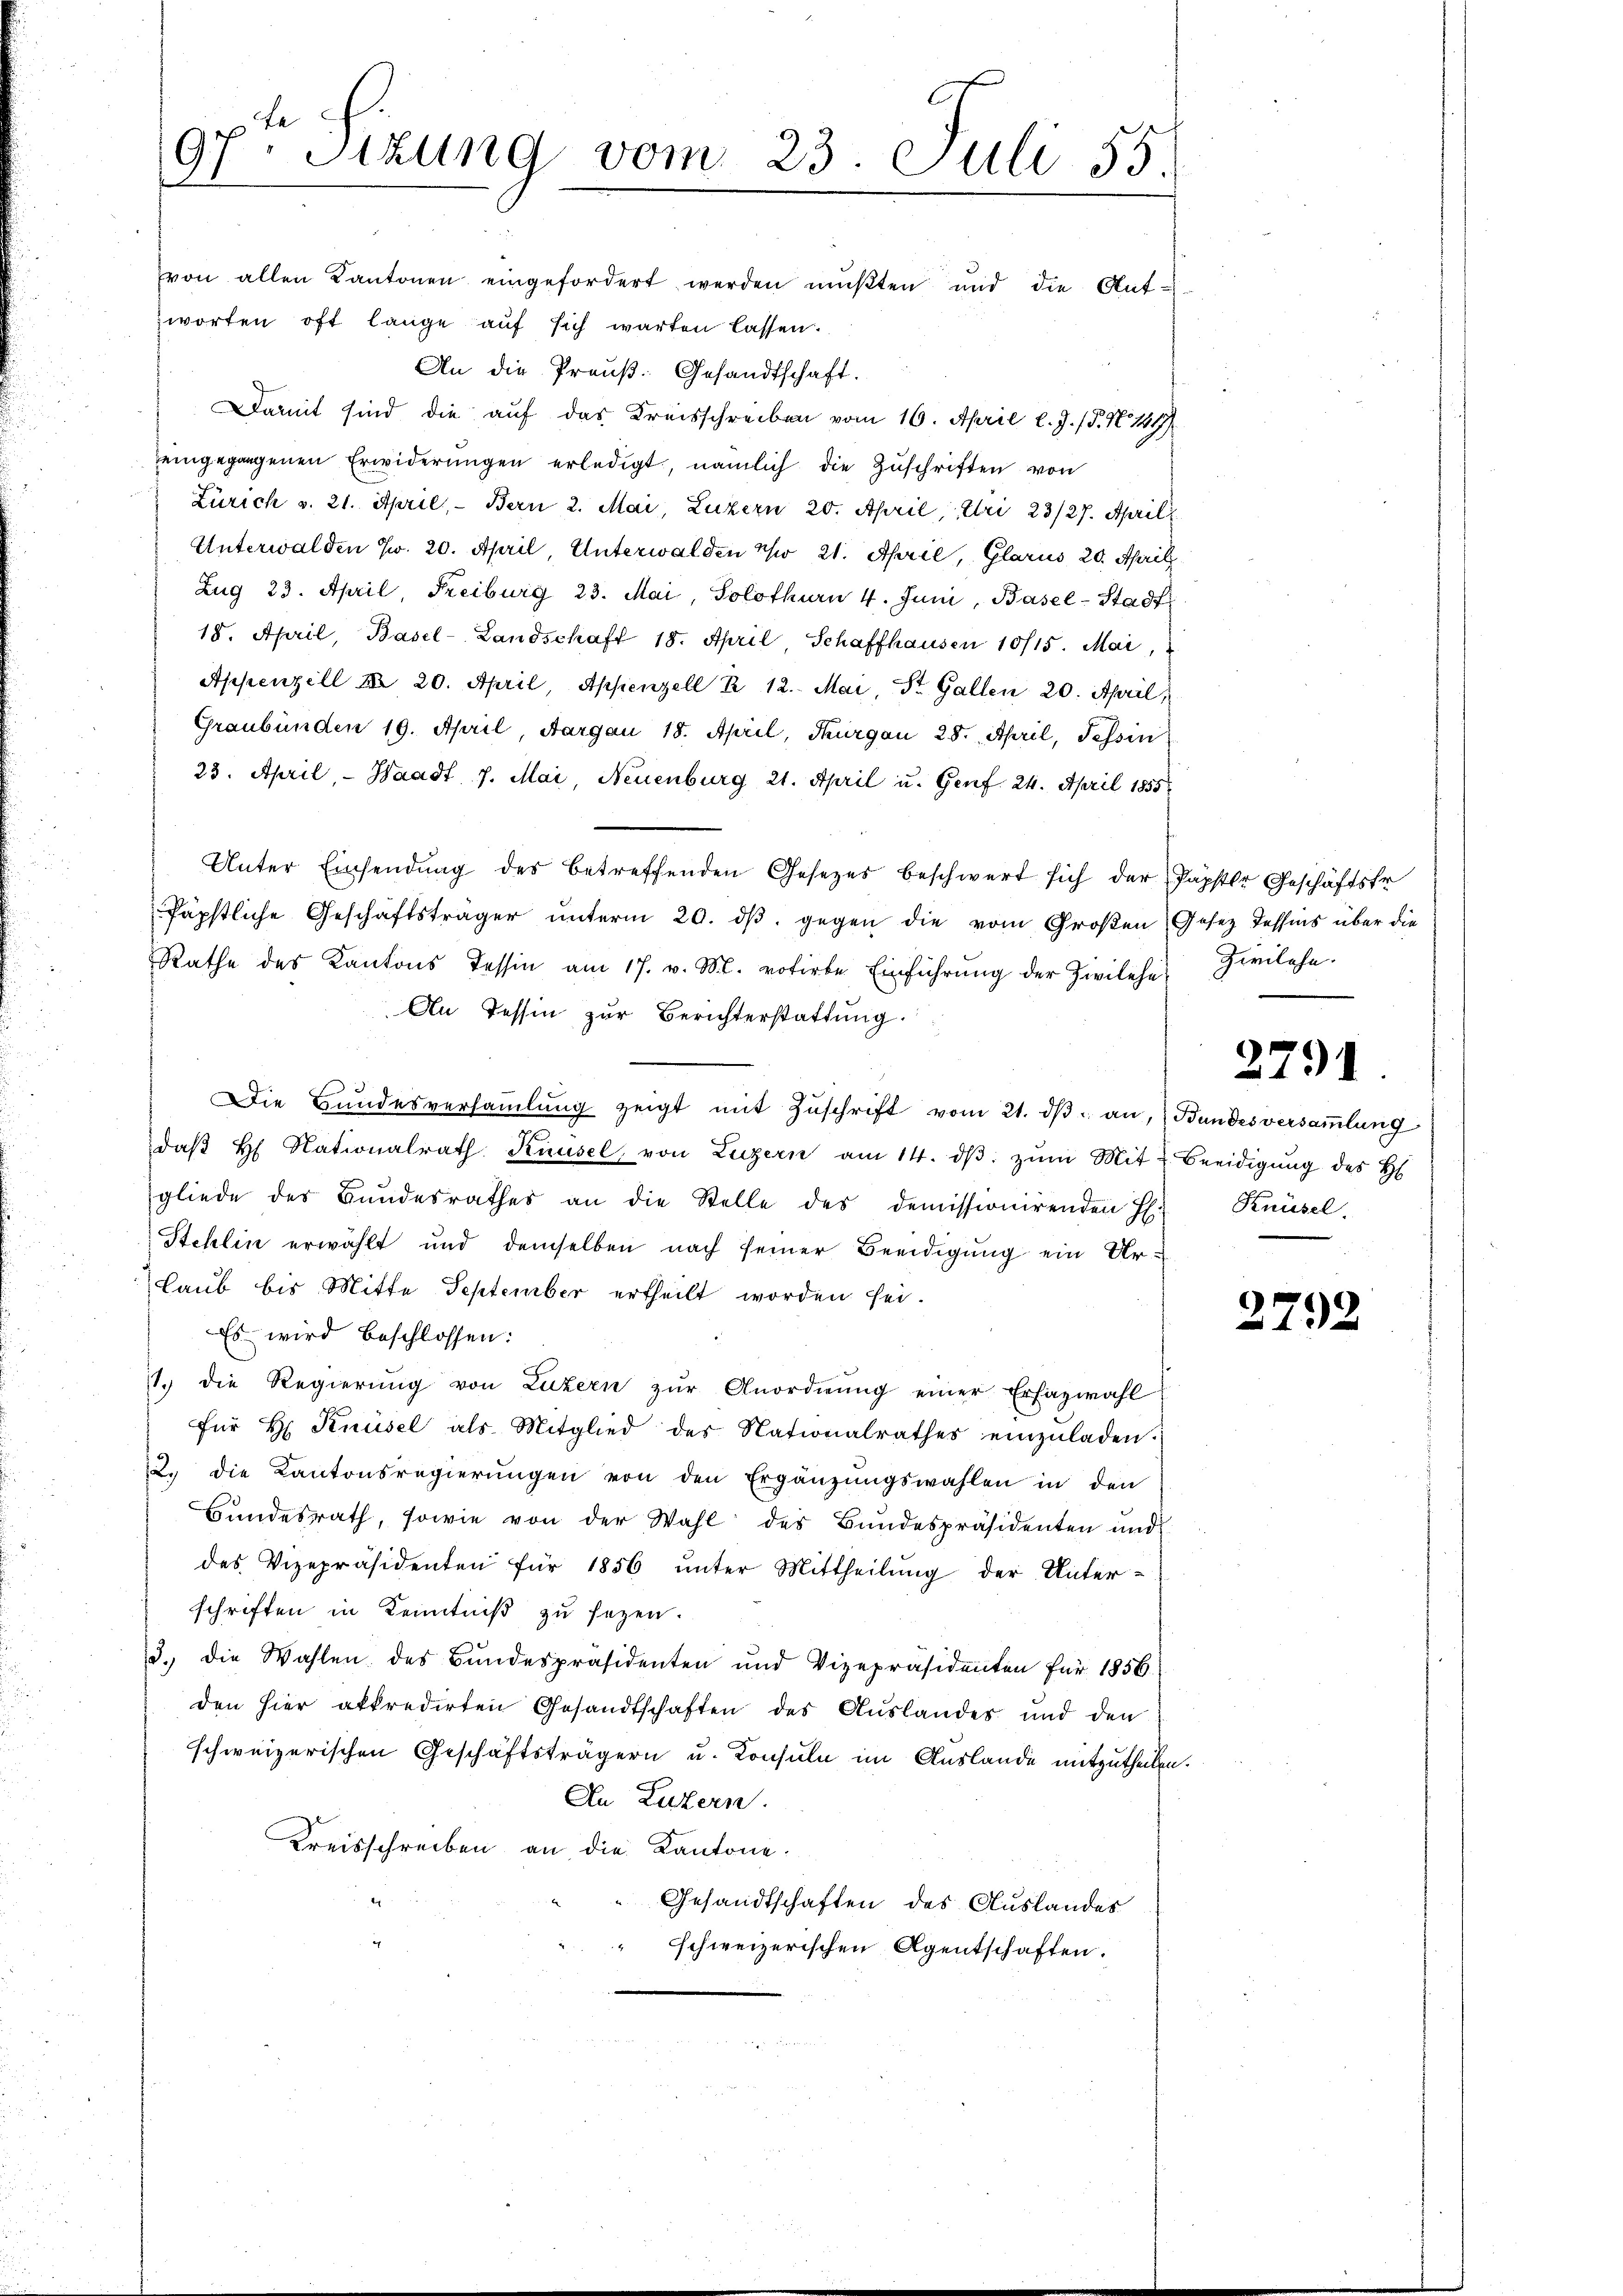
An die Preuß. Gesandtschaft.
Damit sind die auf das Kreisschreiben vom 16. April l. J. P. N. 1417)
eingegangenen Erwiderŭngen erledigt, nämlich die Zŭschriften von
Zürich v. 21. April, - Bern 2. Mai, Luzern 20. April, Uri 23/27. April
Unterwalden Zw. 20. April, Unterwalden No 21. April, Glarus 20. Aprill
Zug 23. April, Freiburg 23. Mai, Solothurn 4. Juni, Basel-Stadt
18. April, Basel-Landschaft 18. April, Schaffhausen 10715. Mai, "
Appenzell No 20. April, Appenzell P. 12. Mai, St. Gallen 20. April,
Graubünden 19. April, Aargau 18. April, Thurgau 28. April, Tessin
23. April, - Waadt 7. Mai, Neuenburg 21. April u. Genf. 24. April 1855
Unter Einsendung des betreffenden Gesezes beschwert sich der Papster Geschäftstr
Päpstliche Geschäftsträger ŭnterm 20. dβ. gegen die vom Großen Gesez Tessins über die
Rathe des Kantons Tessin am 17. v. M. votirte Einführŭng der Zivilehe Zwilche
An Tessin zur Berichterstattung.
Die Hundesversaṁlŭng zeigt mit Zŭschrift vom 21. dβ an, Bundesversaṁlŭng
daβ h Nationalrath Knüsel von Luzern am 14. dβ zŭm Mit 2 Beeidigŭng des H
gliede des Bŭndesrathes an die Stelle des demissionirenden H. Knüsel.
Stehlin erwählt und demselben nach seiner Beeidigung ein Ur¬
Laub bis Mitte September ertheilt worden sei.
Es wird beschlossen:
11. die Regierŭng von Luzern zŭr Anordnŭng einer Erfazwahl
für H Knüsel als Mitglied des Nationalrathes einzŭladen.
22. die Kantonsregierŭngen von den Ergänzŭngswahlen in den
Bundesrath, sowie von der Wahl des Bundespräsidenten und
des Vizepräsidenten für 1856 ŭnter Mittheilŭng der Unter-
schriften in Kenntniß zu sezen.
d.) die Wahlen des Bundespräsidenten und Vizepräsidenten für 1856.
den hier akkredirten Gesandtschaften des Auslandes und den
schweizerischen Geschäftsträgern u. Konsuln im Auslande mitzutheilen.
An Luzern.
Kreisschreiben an die Kantone.
Gesandtschaften des Auslandes
schweizerischen Agentschaften.

97. Sizung vom 23. Juli 55.
von allen Kantonen eingefordert werden mŭβten und die Ant-
zworten oft lange auf sich warten lassen.

2791.

2792